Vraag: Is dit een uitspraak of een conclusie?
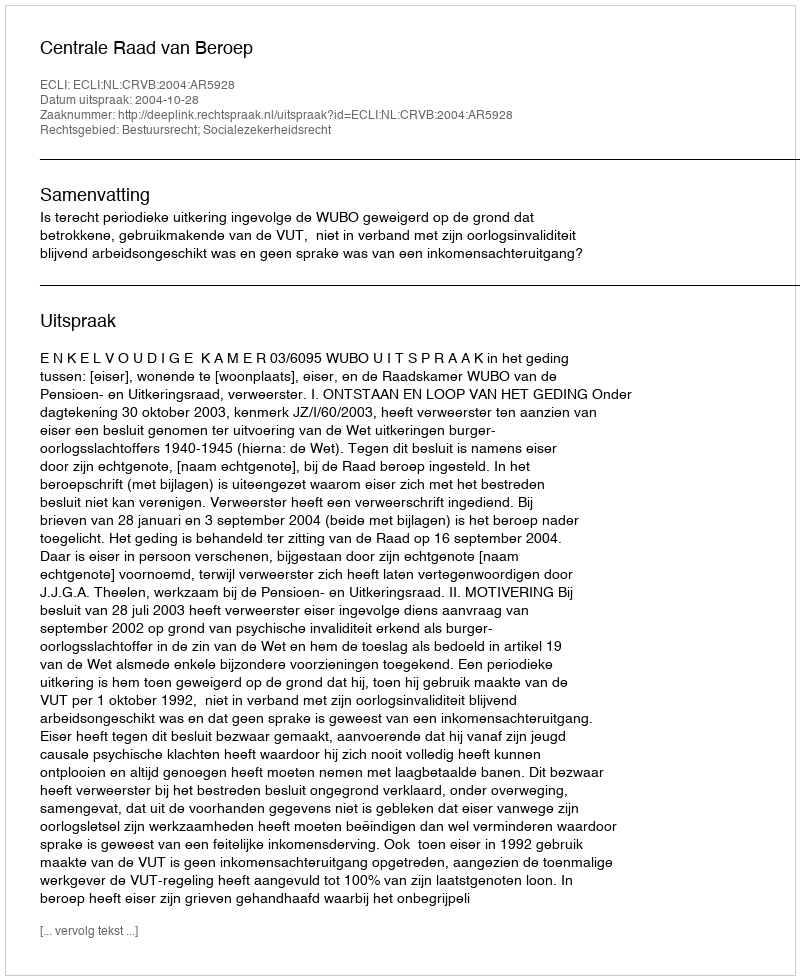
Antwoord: Uitspraak